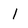
Character: l